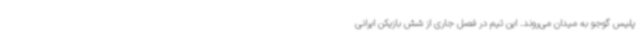
پلیس گوجو به میدان می‌روند. این تیم در فصل جاری از شش بازیکن ایرانی